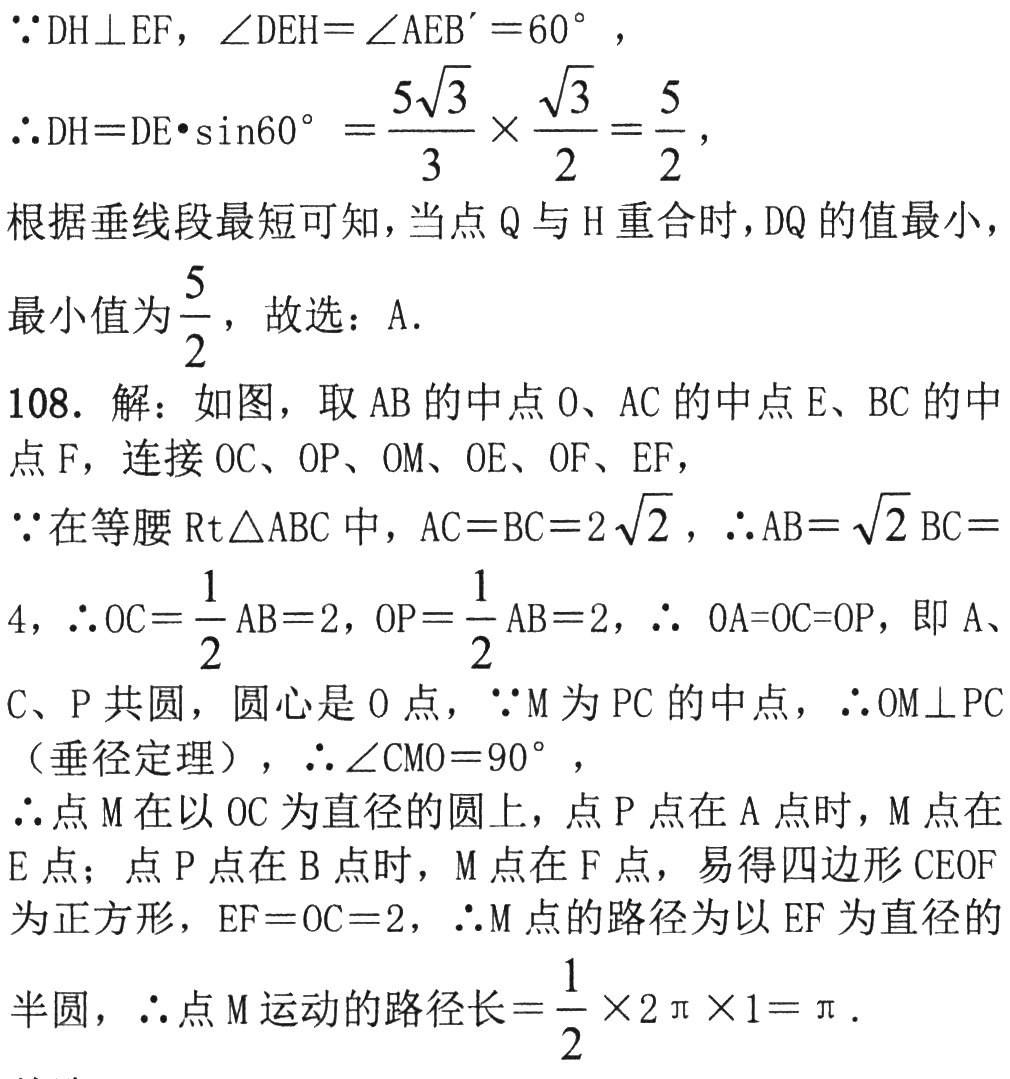
$\because DH\perp EF,\angle DEH = \angle AEB'=60^{\circ}$,

$\therefore DH = DE\cdot\sin60^{\circ}=\frac{5\sqrt{3}}{3}\times\frac{\sqrt{3}}{2}=\frac{5}{2}$,

根据垂线段最短可知，当点$Q$与$H$重合时，$DQ$的值最小，

最小值为$\frac{5}{2}$，故选：A.

108. 解：如图，取$AB$的中点$O$、$AC$的中点$E$、$BC$的中点$F$，连接$OC$、$OP$、$OM$、$OE$、$OF$、$EF$，

$\because$在等腰$\text{Rt}\triangle ABC$中，$AC = BC = 2\sqrt{2}$，$\therefore AB=\sqrt{2}BC = 4$，$\therefore OC=\frac{1}{2}AB = 2$，$OP=\frac{1}{2}AB = 2$，$\therefore OA = OC = OP$，即$A$、

$C$、$P$共圆，圆心是$O$点，$\because M$为$PC$的中点，$\therefore OM\perp PC$

（垂径定理），$\therefore\angle CMO = 90^{\circ}$，

$\therefore$点$M$在以$OC$为直径的圆上，点$P$点在$A$点时，$M$点在$E$点；点$P$点在$B$点时，$M$点在$F$点，易得四边形$CEOF$

为正方形，$EF = OC = 2$，$\therefore M$点的路径为以$EF$为直径的

半圆，$\therefore$点$M$运动的路径长$=\frac{1}{2}\times2\pi\times1=\pi$.